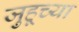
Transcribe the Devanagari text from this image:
जुहूच्या